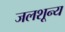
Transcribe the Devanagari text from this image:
जलशून्य